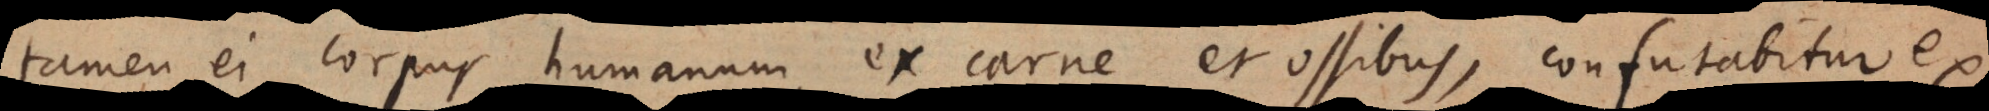
tamen ei corpus humanum, ex carne et ossibus, confutabitur ex